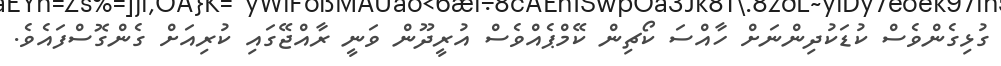
ގުޅިގެންވެސް ކުޑަކުދިންނަށް ހާއްސަ ކޯޗިން ކޭމްޕެއްވެސް އުރީދޫން ވަނީ ރާއްޖޭގައި ކުރިއަށް ގެންގޮސްފައެވެ.